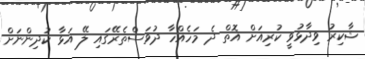
ޝާކިރު ވިދާޅުވީ ކުރިއަށް އޮތް ދެ މަހެއްހާ ދުވަސްތެރޭގައި ލޭ އަޅާ ކުދިންނަށް